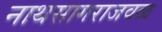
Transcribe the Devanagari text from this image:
नाथसागराजवळ